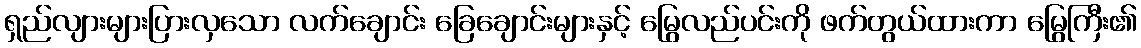
ရှည်လျားများပြားလှသော လက်ချောင်း ခြေချောင်းများနှင့် မြွေလည်ပင်းကို ဖက်တွယ်ထားကာ မြွေကြီး၏